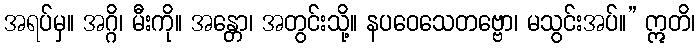
အရပ်မှ။ အဂ္ဂိ၊ မီးကို။ အန္တော၊ အတွင်းသို့။ နပဝေသေတဗ္ဗော၊ မသွင်းအပ်။” ဣတိ၊